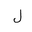
Letter: _lam